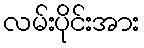
လမ်းပိုင်းအား